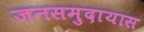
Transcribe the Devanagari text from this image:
जनसमुदायास